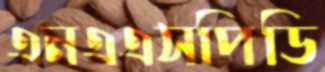
এনএএসপিডি